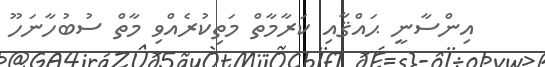
އިންސާނީ ޙައްޤާއި ކަރާމާތް މަތިކުރެއްވި މާތް ސުބުހާނަހޫ